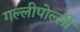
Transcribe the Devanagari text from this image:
गल्लीपोल्ली